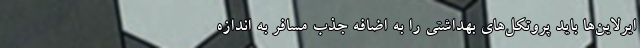
ایرلاین‌ها باید پروتکل‌های بهداشتی را به اضافه جذب مسافر به اندازه